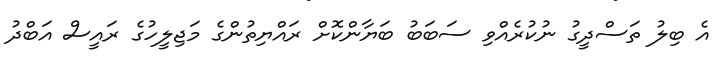
އެ ބިލު ތަސްދީގު ނުކުރެއްވި ސަބަބު ބަޔާންކޮށް ރައްޔިތުންގެ މަޖިލީހުގެ ރައީސް އަބްދު